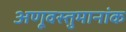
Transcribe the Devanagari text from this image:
अणूवस्तुमानांक